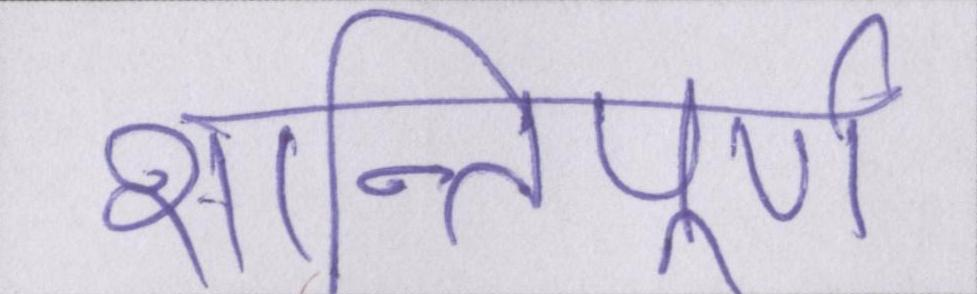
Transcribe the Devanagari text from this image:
शान्तिपूर्ण